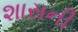
શાસની